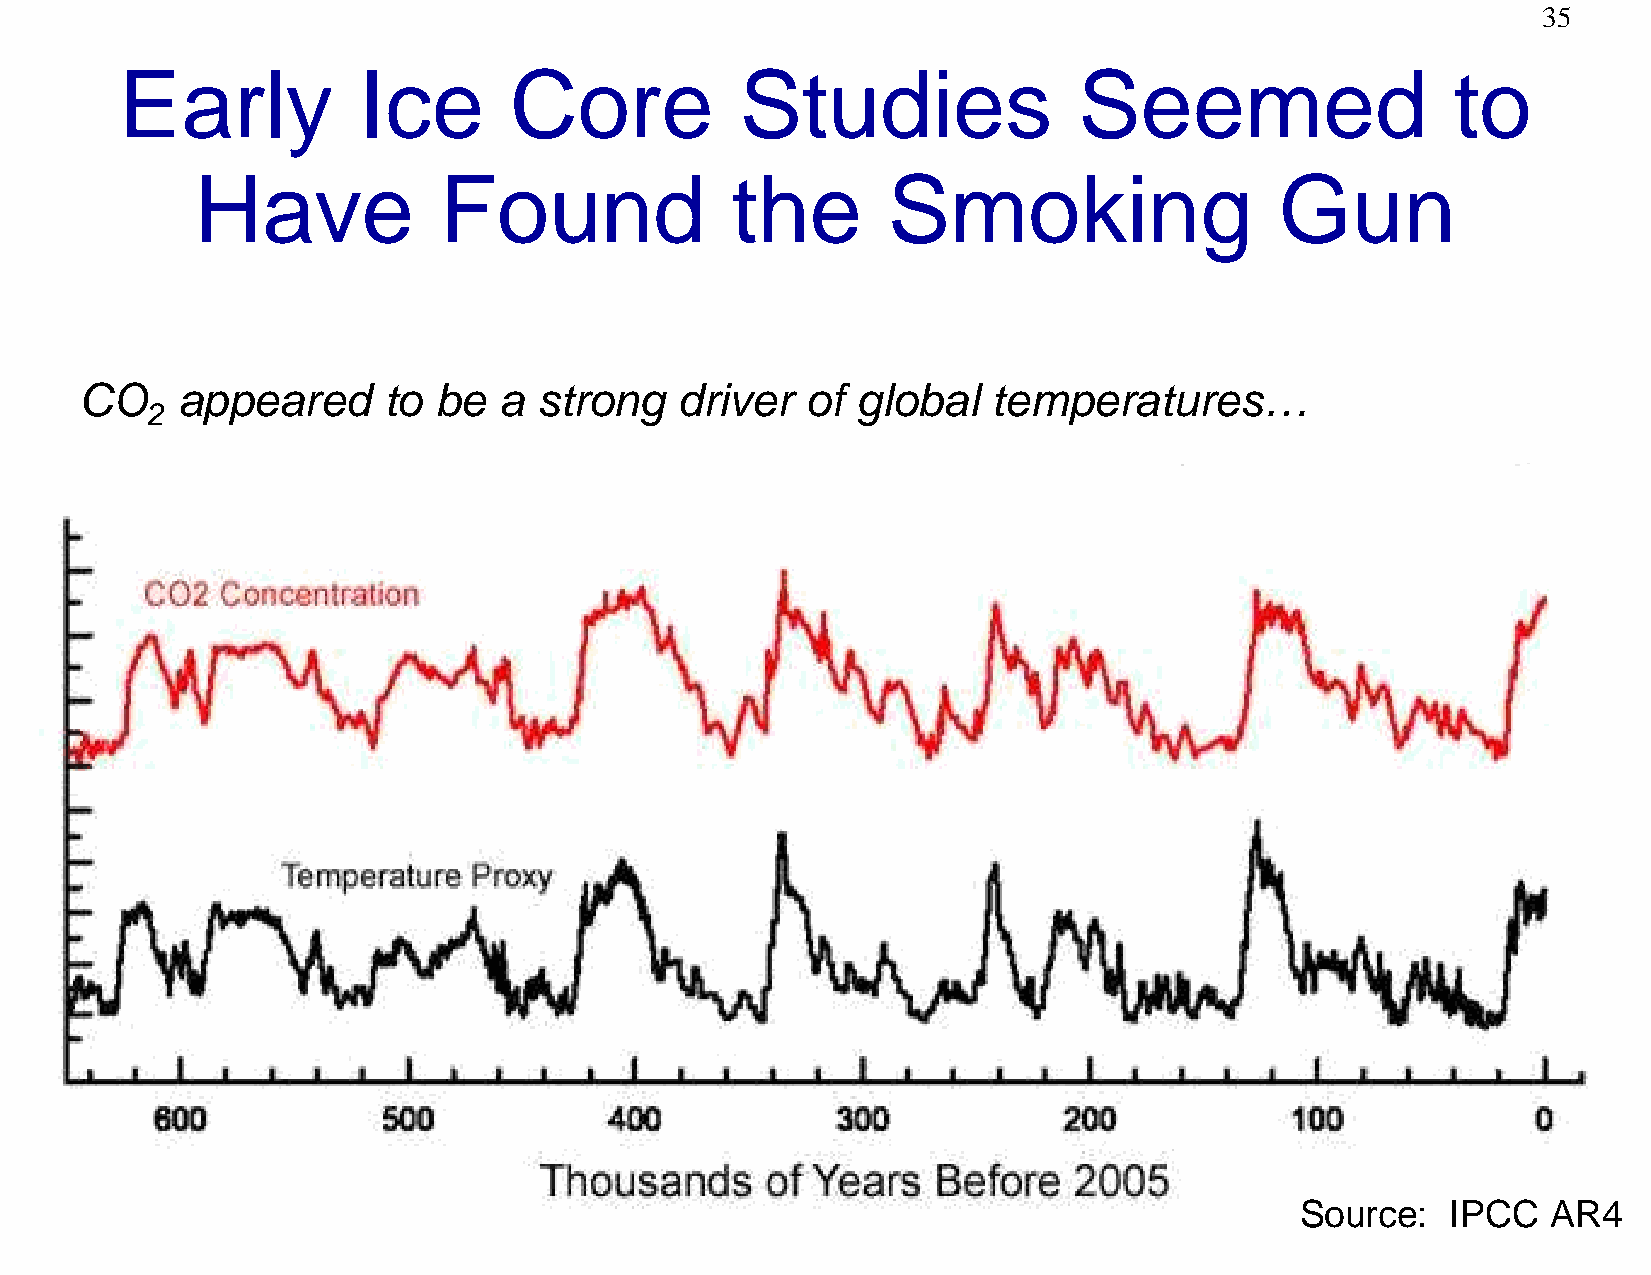
35
 Early           Ice       Core           Studies               Seemed                   to
 Have            Found              the        Smoking                   Gun
 CO     appeared     to  be  a  strong   driver  of  global   temperatures…
 2
 Source:   IPCC   AR4